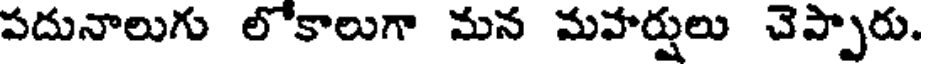
పదునాలుగు లోకాలుగా మన మహర్షులు చెప్పారు.